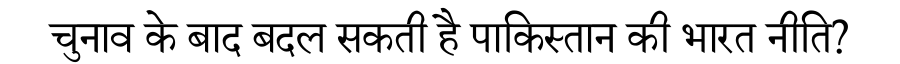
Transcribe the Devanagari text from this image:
चुनाव के बाद बदल सकती है पाकिस्तान की भारत नीति?